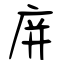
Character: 庰